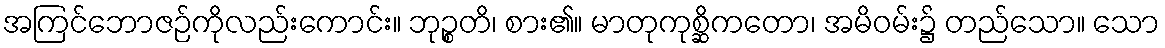
အကြင်ဘောဇဉ်ကိုလည်းကောင်း။ ဘုဉ္စတိ၊ စား၏။ မာတုကုစ္ဆိကတော၊ အမိဝမ်း၌ တည်သော။ သော